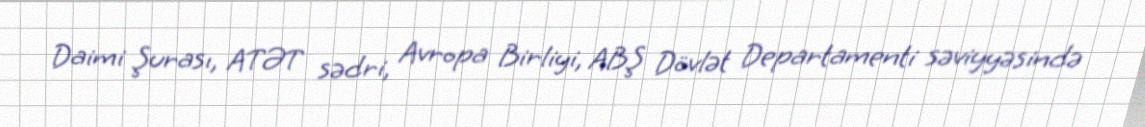
Daimi Şurası, ATƏT sədri, Avropa Birliyi, ABŞ Dövlət Departamenti səviyyəsində